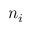
n _ { i }